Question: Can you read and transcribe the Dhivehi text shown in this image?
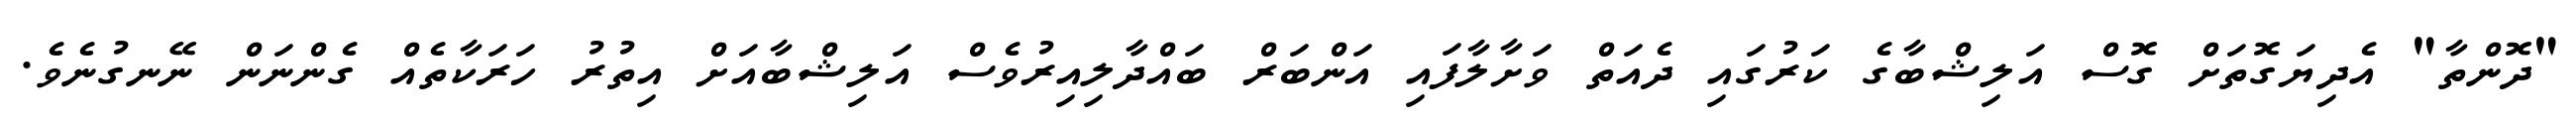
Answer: "ދޮންތާ" އެދިޔަގޮތަށް ގޮސް އަލިޝްބާގެ ކަރުގައި ދެއަތް ވަށާލާފައި އަންބަރް ބައްދާލިއިރުވެސް އަލިޝްބާއަށް އިތުރު ހަރަކާތެއް ގެންނަން ނޭނގުނެވެ.